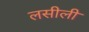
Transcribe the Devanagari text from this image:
लसीली